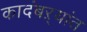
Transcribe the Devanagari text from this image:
कादंबऱ्यांत